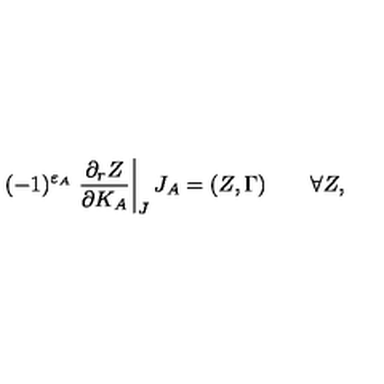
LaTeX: ( - 1 ) ^ { \varepsilon _ { A } } \left. { \frac { \partial _ { r } Z } { \partial K _ { A } } } \right| _ { J } J _ { A } = ( Z , \Gamma ) \quad \quad \forall Z ,